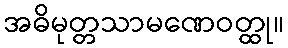
အဓိမုတ္တသာမဏေဝတ္ထု။